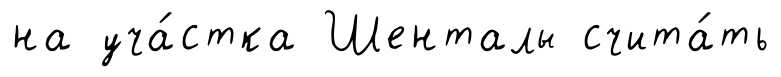
на уча́стка Шенталы счита́ть